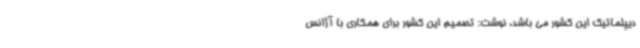
دیپلماتیک این کشور می باشد، نوشت: تصمیم این کشور برای همکاری با آژانس